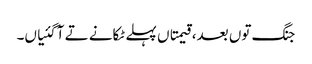
جنگ توں بعد، قیمتاں پہلے ٹکانے تے آ گئیاں۔